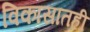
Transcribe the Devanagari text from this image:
विकासातही